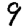
Digit: 9